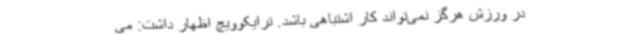
در ورزش هرگز نمی‌تواند کار اشتباهی باشد. ترایکوویچ اظهار داشت: می